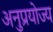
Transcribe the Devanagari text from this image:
अनुप्रयोज्य